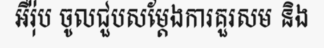
អឺរ៉ុប ចូលជួបសម្តែងការគួរសម និង